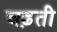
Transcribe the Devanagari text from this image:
चढ़़ती